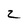
Character: 2